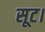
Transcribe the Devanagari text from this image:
सूट।